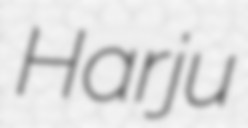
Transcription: Harju